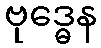
ဗုဒ္ဓေန